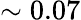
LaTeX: \sim 0.07